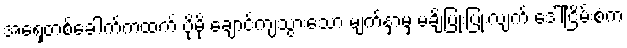
အရှေ့တစ်ခေါက်ကထက် ပိုမို ချောင်ကျသွားသော မျက်နှာမှ မချိပြုံးပြုံးလျက် ဒေါ်ငြိမ်းစံက